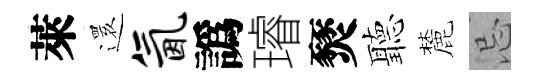
萊𮟃氤譌璿燹聽麓忌